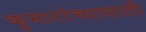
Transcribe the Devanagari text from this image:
कुमारांच्यासाठी